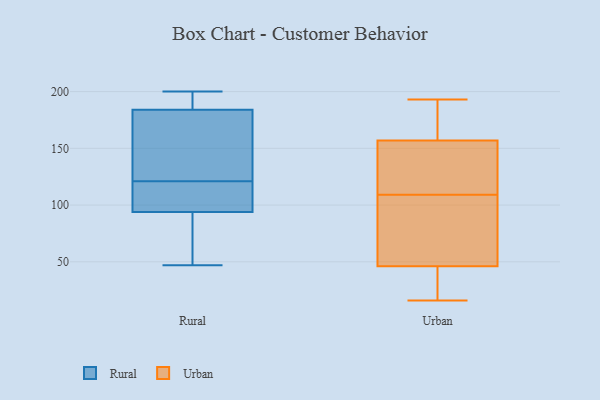
{"axis": {"x": "Production Output", "y": "Value"}, "legend": ["Rural", "Urban"], "data": [{"x": "", "y": 94, "type": "Rural"}, {"x": "", "y": 197, "type": "Rural"}, {"x": "", "y": 200, "type": "Rural"}, {"x": "", "y": 151, "type": "Rural"}, {"x": "", "y": 72, "type": "Rural"}, {"x": "", "y": 47, "type": "Rural"}, {"x": "", "y": 184, "type": "Rural"}, {"x": "", "y": 124, "type": "Rural"}, {"x": "", "y": 118, "type": "Rural"}, {"x": "", "y": 103, "type": "Rural"}, {"x": "", "y": 181, "type": "Urban"}, {"x": "", "y": 193, "type": "Urban"}, {"x": "", "y": 73, "type": "Urban"}, {"x": "", "y": 43, "type": "Urban"}, {"x": "", "y": 16, "type": "Urban"}, {"x": "", "y": 107, "type": "Urban"}, {"x": "", "y": 157, "type": "Urban"}, {"x": "", "y": 121, "type": "Urban"}, {"x": "", "y": 83, "type": "Urban"}, {"x": "", "y": 140, "type": "Urban"}, {"x": "", "y": 26, "type": "Urban"}, {"x": "", "y": 186, "type": "Urban"}, {"x": "", "y": 46, "type": "Urban"}, {"x": "", "y": 32, "type": "Urban"}, {"x": "", "y": 64, "type": "Urban"}, {"x": "", "y": 131, "type": "Urban"}, {"x": "", "y": 167, "type": "Urban"}, {"x": "", "y": 111, "type": "Urban"}]}